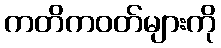
ကတိကဝတ်များကို